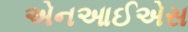
એનઆઈએસ